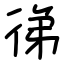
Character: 㣢